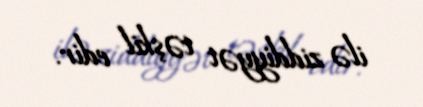
ilə ziddiyyət təşkil edir.